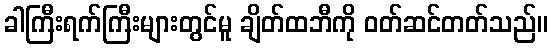
ခါကြီးရက်ကြီးများတွင်မူ ချိတ်ထဘီကို ဝတ်ဆင်တတ်သည်။